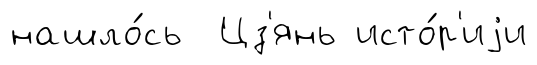
нашло́сь Цз'янь исто́р'иjи